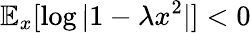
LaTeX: \mathbb{E}_{x}[\log|1-\lambda x^{2}|]<0